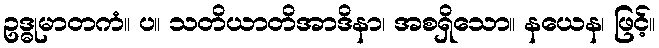
ဥဒ္ဓုမာတကံ။ ပ။ သတိယာတိအာဒိနာ၊ အစရှိသော။ နယေန၊ ဖြင့်။